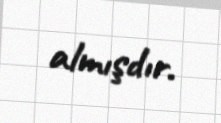
almışdır.